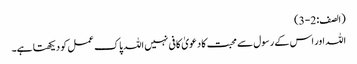
(الصف : 2-3)
اللہ اور اس کے رسول سے محبت کا دعویٰ کافی نہیں اللہ پاک عمل کو دیکھتا ہے۔